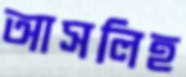
আসলিহ